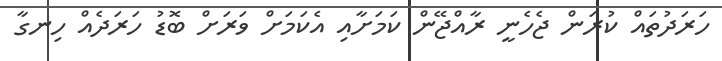
ހަރަދުތައް ކުރަން ޖެހެނީ ރާއްޖޭން ކަމަށާއި އެކަމަށް ވަރަށް ބޮޑު ހަރަދެއް ހިނގާ